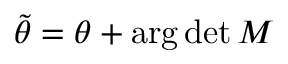
\tilde { \theta } = \theta + \mathrm { a r g } \operatorname * { d e t } { \cal M }